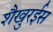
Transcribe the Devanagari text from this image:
शैखुरईस